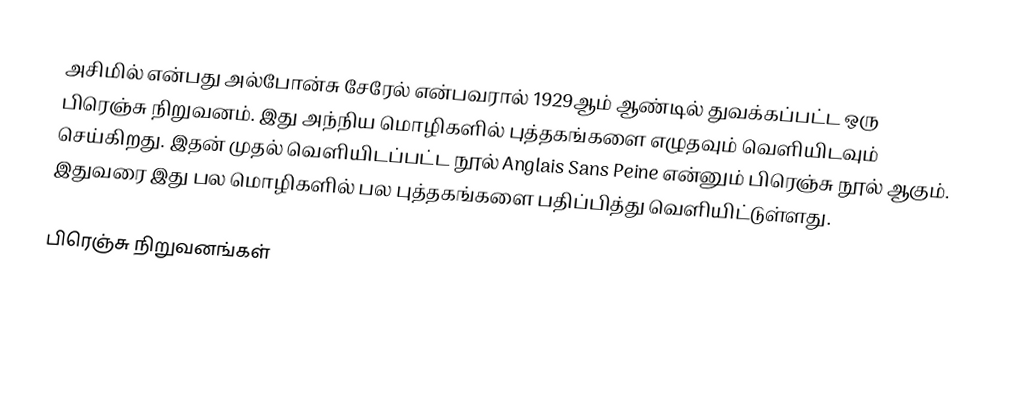
அசிமில் என்பது அல்போன்சு சேரேல் என்பவரால் 1929ஆம் ஆண்டில் துவக்கப்பட்ட ஒரு பிரெஞ்சு நிறுவனம். இது அந்நிய மொழிகளில் புத்தகங்களை எழுதவும் வெளியிடவும் செய்கிறது. இதன் முதல் வெளியிடப்பட்ட நூல் Anglais Sans Peine என்னும் பிரெஞ்சு நூல் ஆகும். இதுவரை இது பல மொழிகளில் பல புத்தகங்களை பதிப்பித்து வெளியிட்டுள்ளது.

பிரெஞ்சு நிறுவனங்கள்